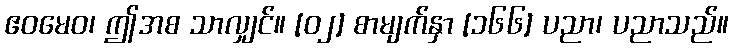
ဧဝမေဝ၊ ဤအစ သာလျှင်။ [၀၂] စာမျက်နှာ [၁၆၆] ပညာ၊ ပညာသည်။